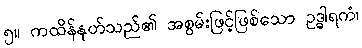
၅။ ကထိန်နုတ်သည်၏ အစွမ်းဖြင့်ဖြစ်သော ဥဒ္ဓါရကံ၊